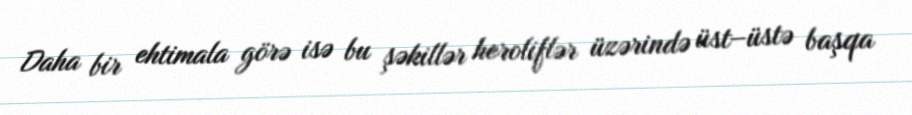
Daha bir ehtimala görə isə bu şəkillər heroliflər üzərində üst–üstə başqa